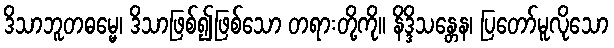
ဒိသာဘူတဓမ္မေ၊ ဒိသာဖြစ်၍ဖြစ်သော တရားတို့ကို။ နိဒ္ဒိသန္တေန၊ ပြတော်မူလိုသော